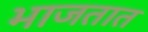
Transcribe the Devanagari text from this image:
भाजतात